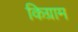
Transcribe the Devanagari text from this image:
किग्राम